Notes on vaccination in the North-West Frontier Province 1923-1928 - 1923-1928
Year: 1923
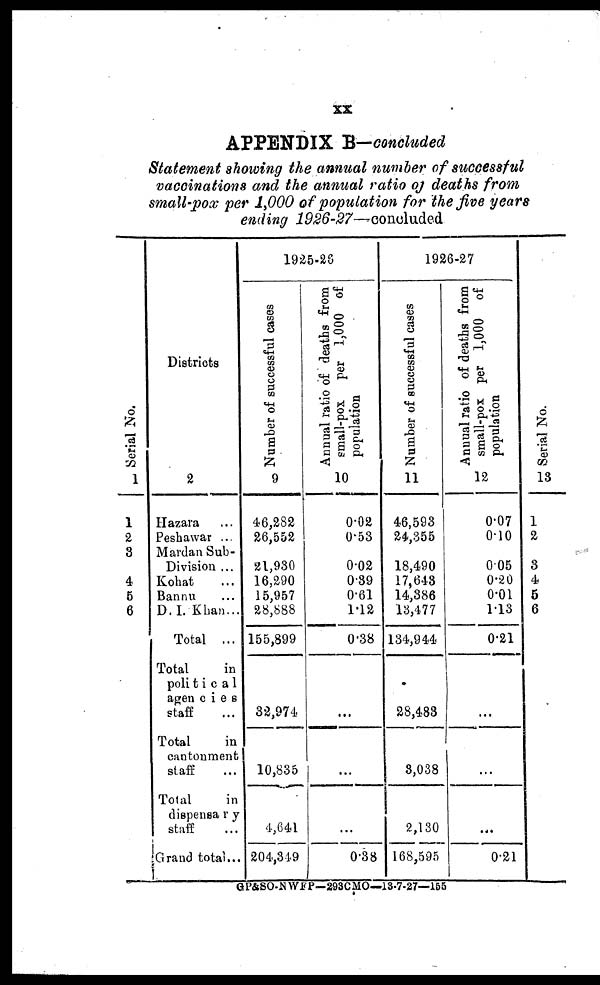
xx
APPENDIX B—concluded
Statement showing the annual number of successful
vaccinations and the annual ratio of deaths from
small-pox per 1,000 of population for the five years
ending 1926-27—Concluded
Serial No.
1
1
2
3
4
5
6
Districts
2
Hazara ...
Peshawar ...
Mardan Sub¬
Division ...
Kohat ...
Bannu ...
D.I. Khan...
Total ...
Total
in
politica1
agencies
staff ...
Total
in
cantonment
staff ...
Total
in
dispensary
staff ...
Grand total...
1925-28
Number of successful cases
9
46,282
26,552
21,930
16,290
15,957
28,888
155,899
32,974
10,835
4,641
204,349
Annual ratio of deaths from
small-pox
per 1,000 of
population
10
0.02
0.53
0.02
0.39
0.61
1.12
0.38
...
...
...
0.38
1926-27
Number of successful cases
11
46,593
24,355
18,490
17,643
14,386
13,477
134,944
28,483
3,038
2,130
168,595
Annual ratio of deaths from
small-pox per 1,000 of
population
12
0.07
0.10
0.05
0.20
0.01
1.13
0.21
...
...
...
0.21
Serial No.
13
1
2
3
4
5
6
GP&SO-N WFP—293CMO—13-7-27—155